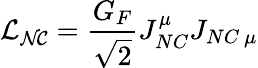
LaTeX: \mathcal{L_{NC}}=\frac{G_{F}}{\sqrt{2}}J_{NC}^{\mu}J_{NC~\mu}